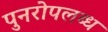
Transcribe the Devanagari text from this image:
पुनरोपलब्ध